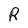
Character: R